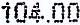
104.00